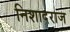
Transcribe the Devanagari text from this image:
निशादराज